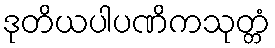
ဒုတိယပါပဏိကသုတ္တံ